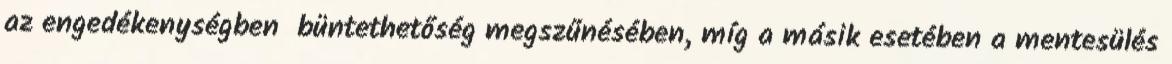
az engedékenységben büntethetőség megszűnésében, míg a másik esetében a mentesülés